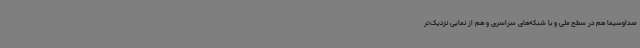
صداوسیما هم در سطح ملی و با شبکه‌های سراسری و هم از نمایی نزدیک‌تر